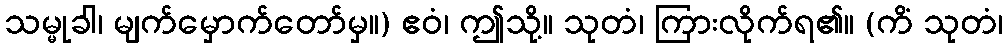
သမ္မုခါ၊ မျက်မှောက်တော်မှ။) ဧဝံ၊ ဤသို့။ သုတံ၊ ကြားလိုက်ရ၏။ (ကိံ သုတံ၊